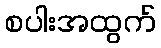
စပါးအထွက်